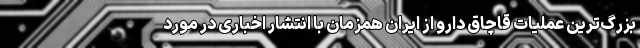
بزرگ‌ترین عملیات قاچاق دارو از ایران همزمان با انتشار اخباری در مورد